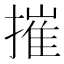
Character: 摧